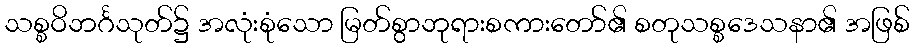
သစ္စဝိဘင်္ဂသုတ်၌ အလုံးစုံသော မြတ်စွာဘုရားစကားတော်၏ စတုသစ္စဒေသနာ၏ အဖြစ်